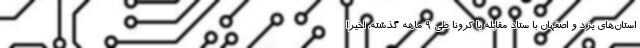
استان‌های یزد و اصفهان با ستاد مقابله با کرونا طی ۹ ماهه گذشته، اخیراً